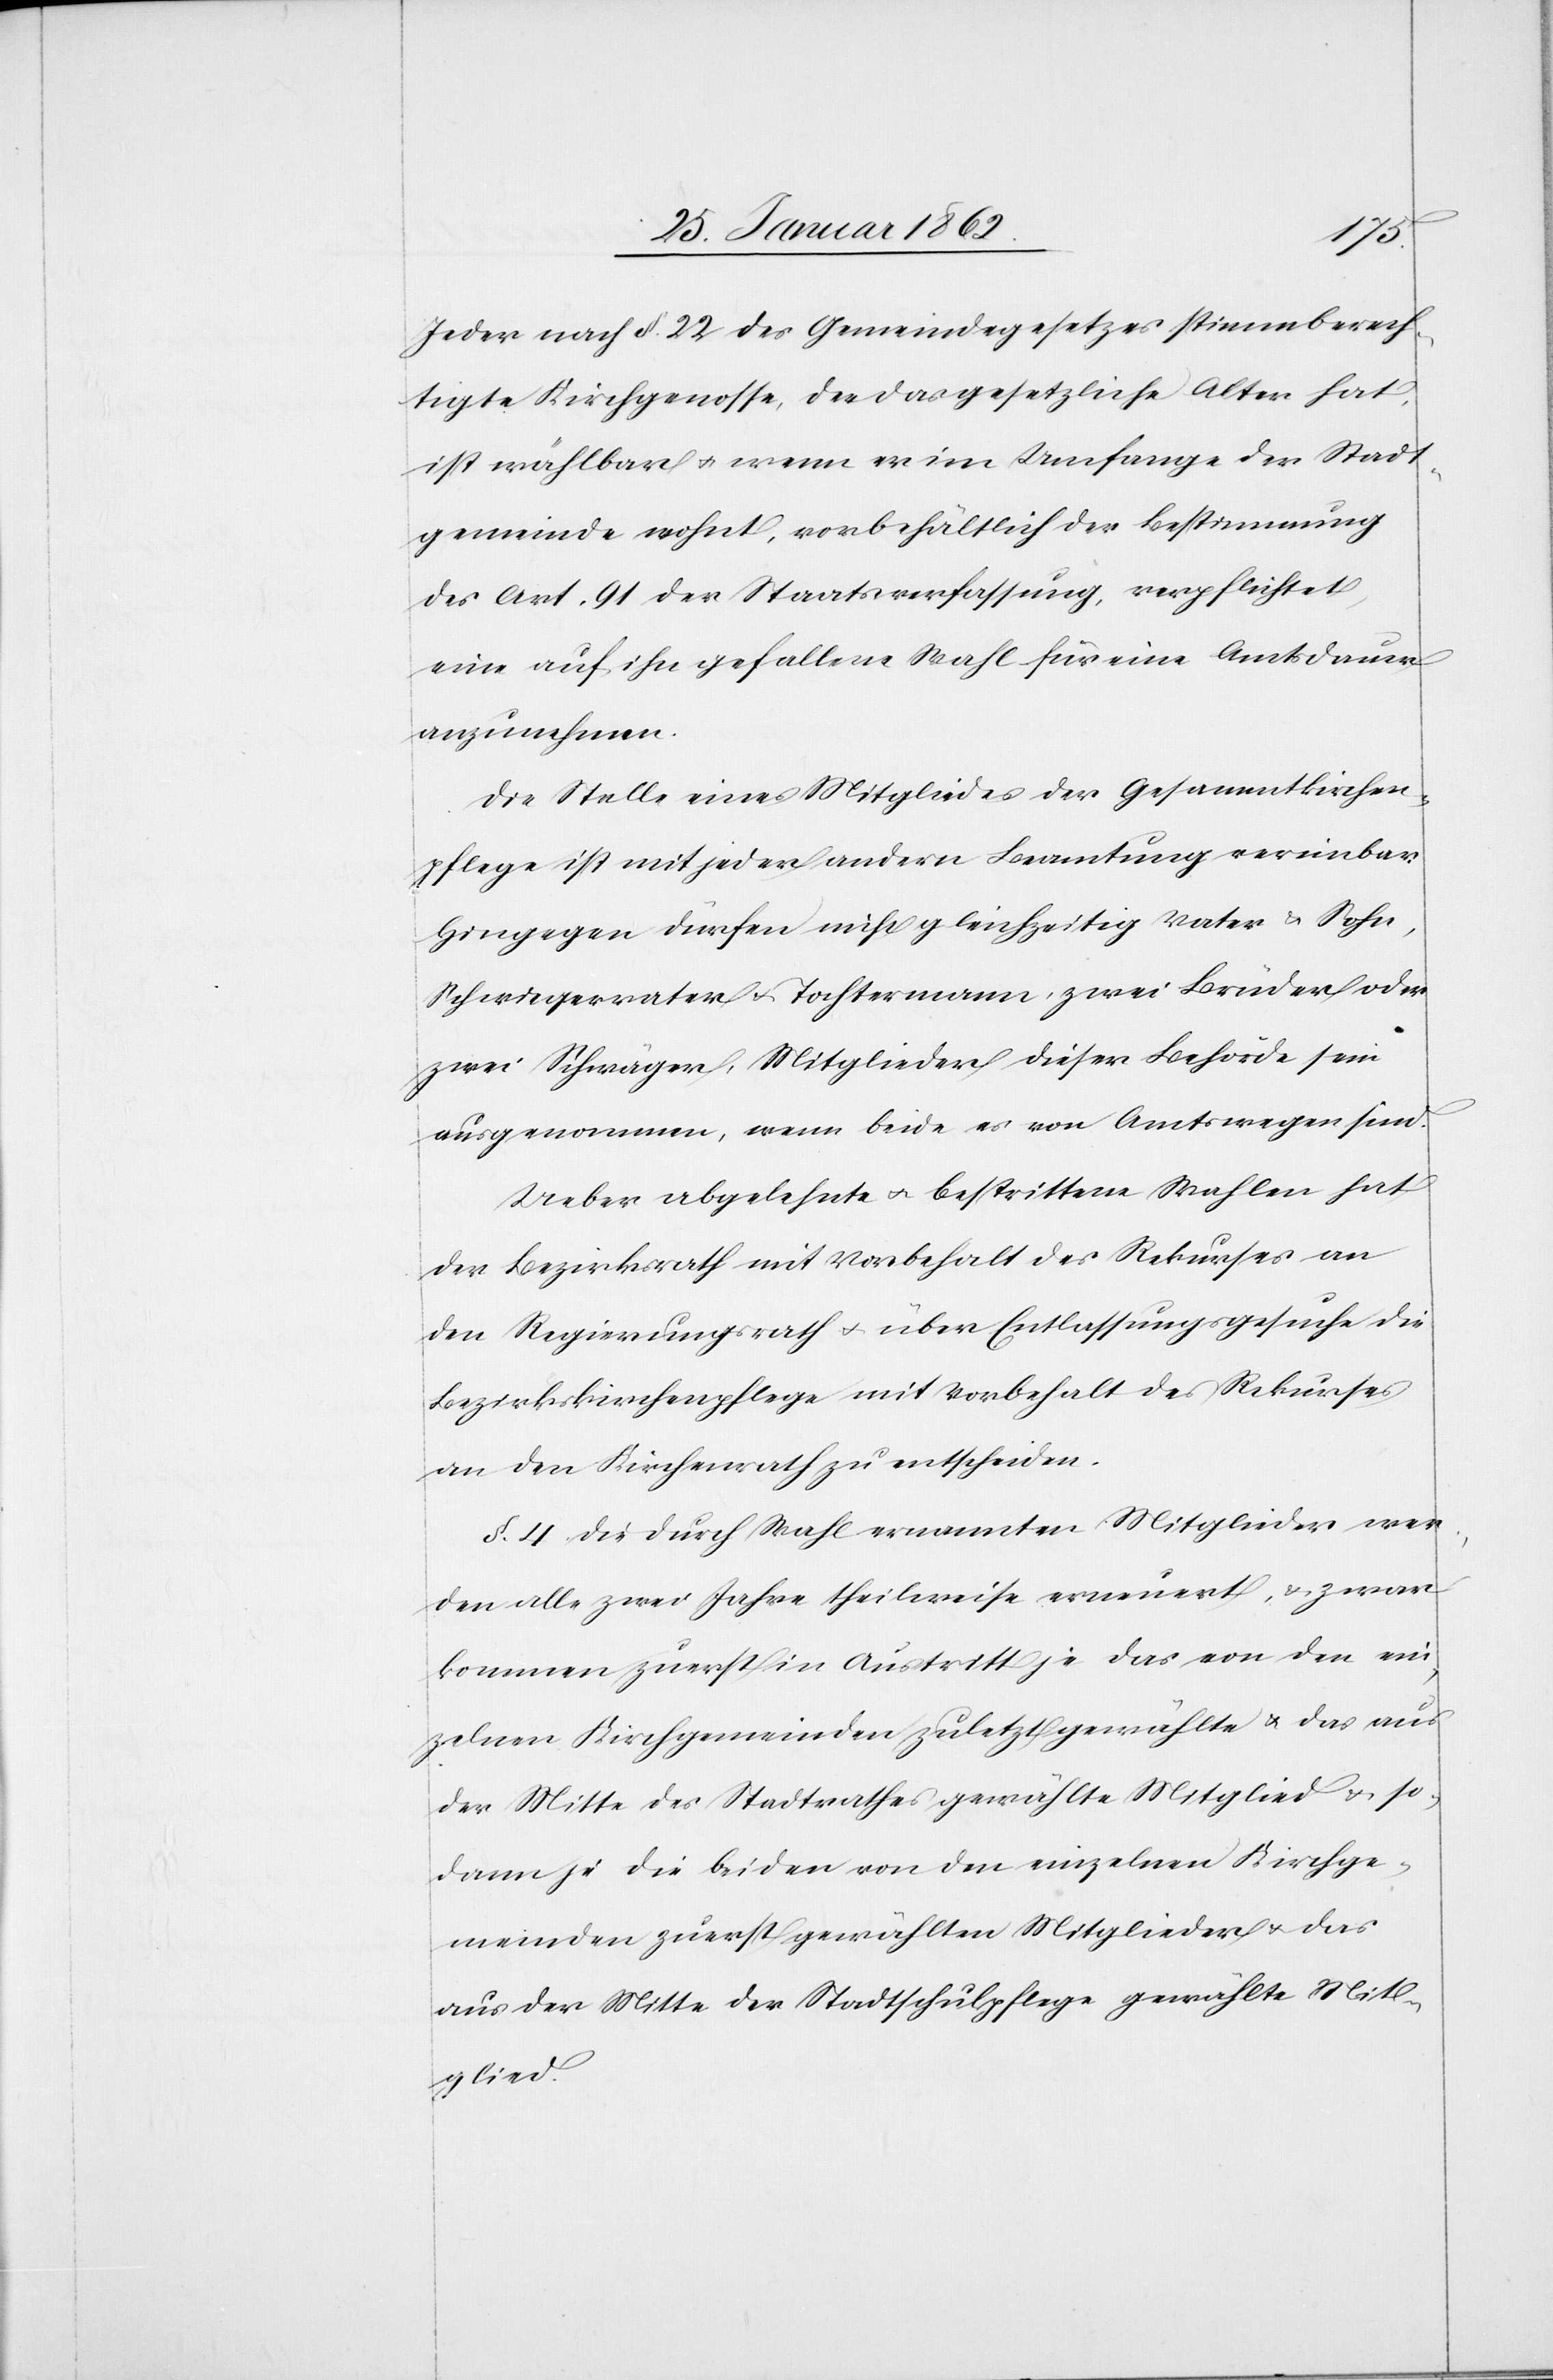
Jeder nach §. 22 des Gemeindegesetzes stimmberech¬
tigte Kirchgenosse, der das gesetzliche Alter hat,
ist wählbar u. wenn er im Umfange der Stadt¬
gemeinde wohnt, vorbehältlich der Bestimmung
des Art. 91 der Staatsverfassung, verpflichtet,
eine auf ihn gefallene Wahl für eine Amtsdauer
anzunehmen.
Die Stelle eines Mitgliedes der Gesammtkirchen¬
pflege ist mit jeder andern Beamtung vereinbar.
Hingegen dürfen nicht gleichzeitig Vater & Sohn,
Schwiegervater u. Tochtermann, zwei Brüder oder
zwei Schwäger, Mitglieder dieser Behörde sein
ausgenommen, wenn beide es von Amts wegen sind.
Ueber abgelehnte u. bestrittene Wahlen hat
der Bezirksrath mit Vorbehalt des Rekurses an
den Regierungsrath u. über Entlassungsgesuche die
Bezirkskirchenpflege mit Vorbehalt des Rekurses
an den Kirchenrath zu entscheiden.
§. 4. Die durch Wahl ernannten Mitglieder wer¬
den alle zwei Jahre theilweise erneuert, & zwar
kommen zuerst in Austritt je das von den ein¬
zelnen Kirchgemeinden zuletzt gewählte u. das aus
der Mitte des Stadtrathes gewählte Mitglied u. so¬
dann je die beiden von den einzelnen Kirchge¬
meinden zuerst gewählten Mitglieder u. das
aus der Mitte der Stadtschulpflege gewählte Mit¬
glied.